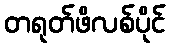
တရုတ်ဖိလစ်ပိုင်